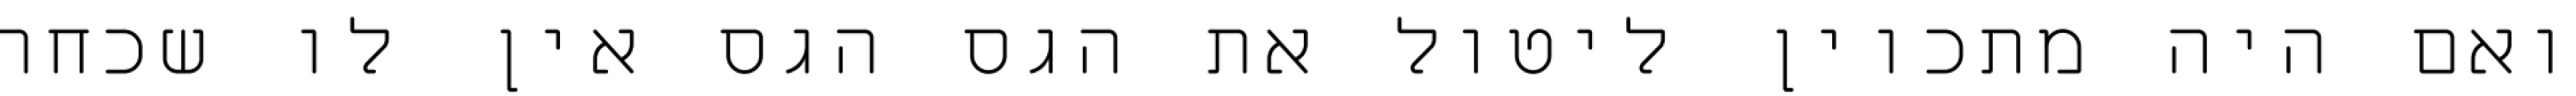
ואם היה מתכוין ליטול את הגס הגס אין לו שכחה